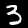
Label: 3